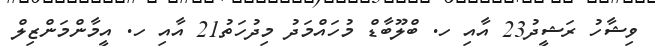
ވިޝާހު ރަޝީދު23 އާއި ހ. ބްލޫބާޑް މުހައްމަދު މިދުހަތު21 އާއި ހ. އީމާންމަންޒިލް